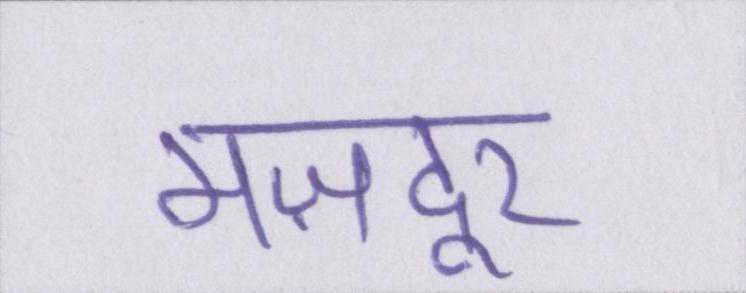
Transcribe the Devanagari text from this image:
मज़दूर